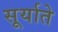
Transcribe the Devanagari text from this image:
सूर्याते